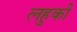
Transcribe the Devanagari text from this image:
लहुकी